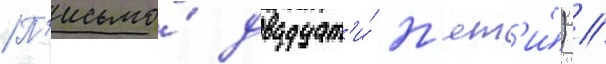
П'исьмо́ двадцат'и́ п'ят'и́) //